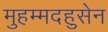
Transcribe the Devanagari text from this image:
मुहम्मदहुसेन